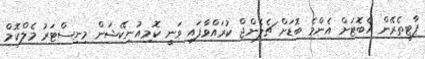
ޕާޓީތެރޭން އެބޮޓަށް އެންމެ ބޮޑަށް ޗެެެލެންޖް ކުރައްވާފައި ވަނީ ކޮމިއުނިކޭޝަން މިނިސްޓަރު މެލްކޮމް